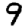
Digit: 9